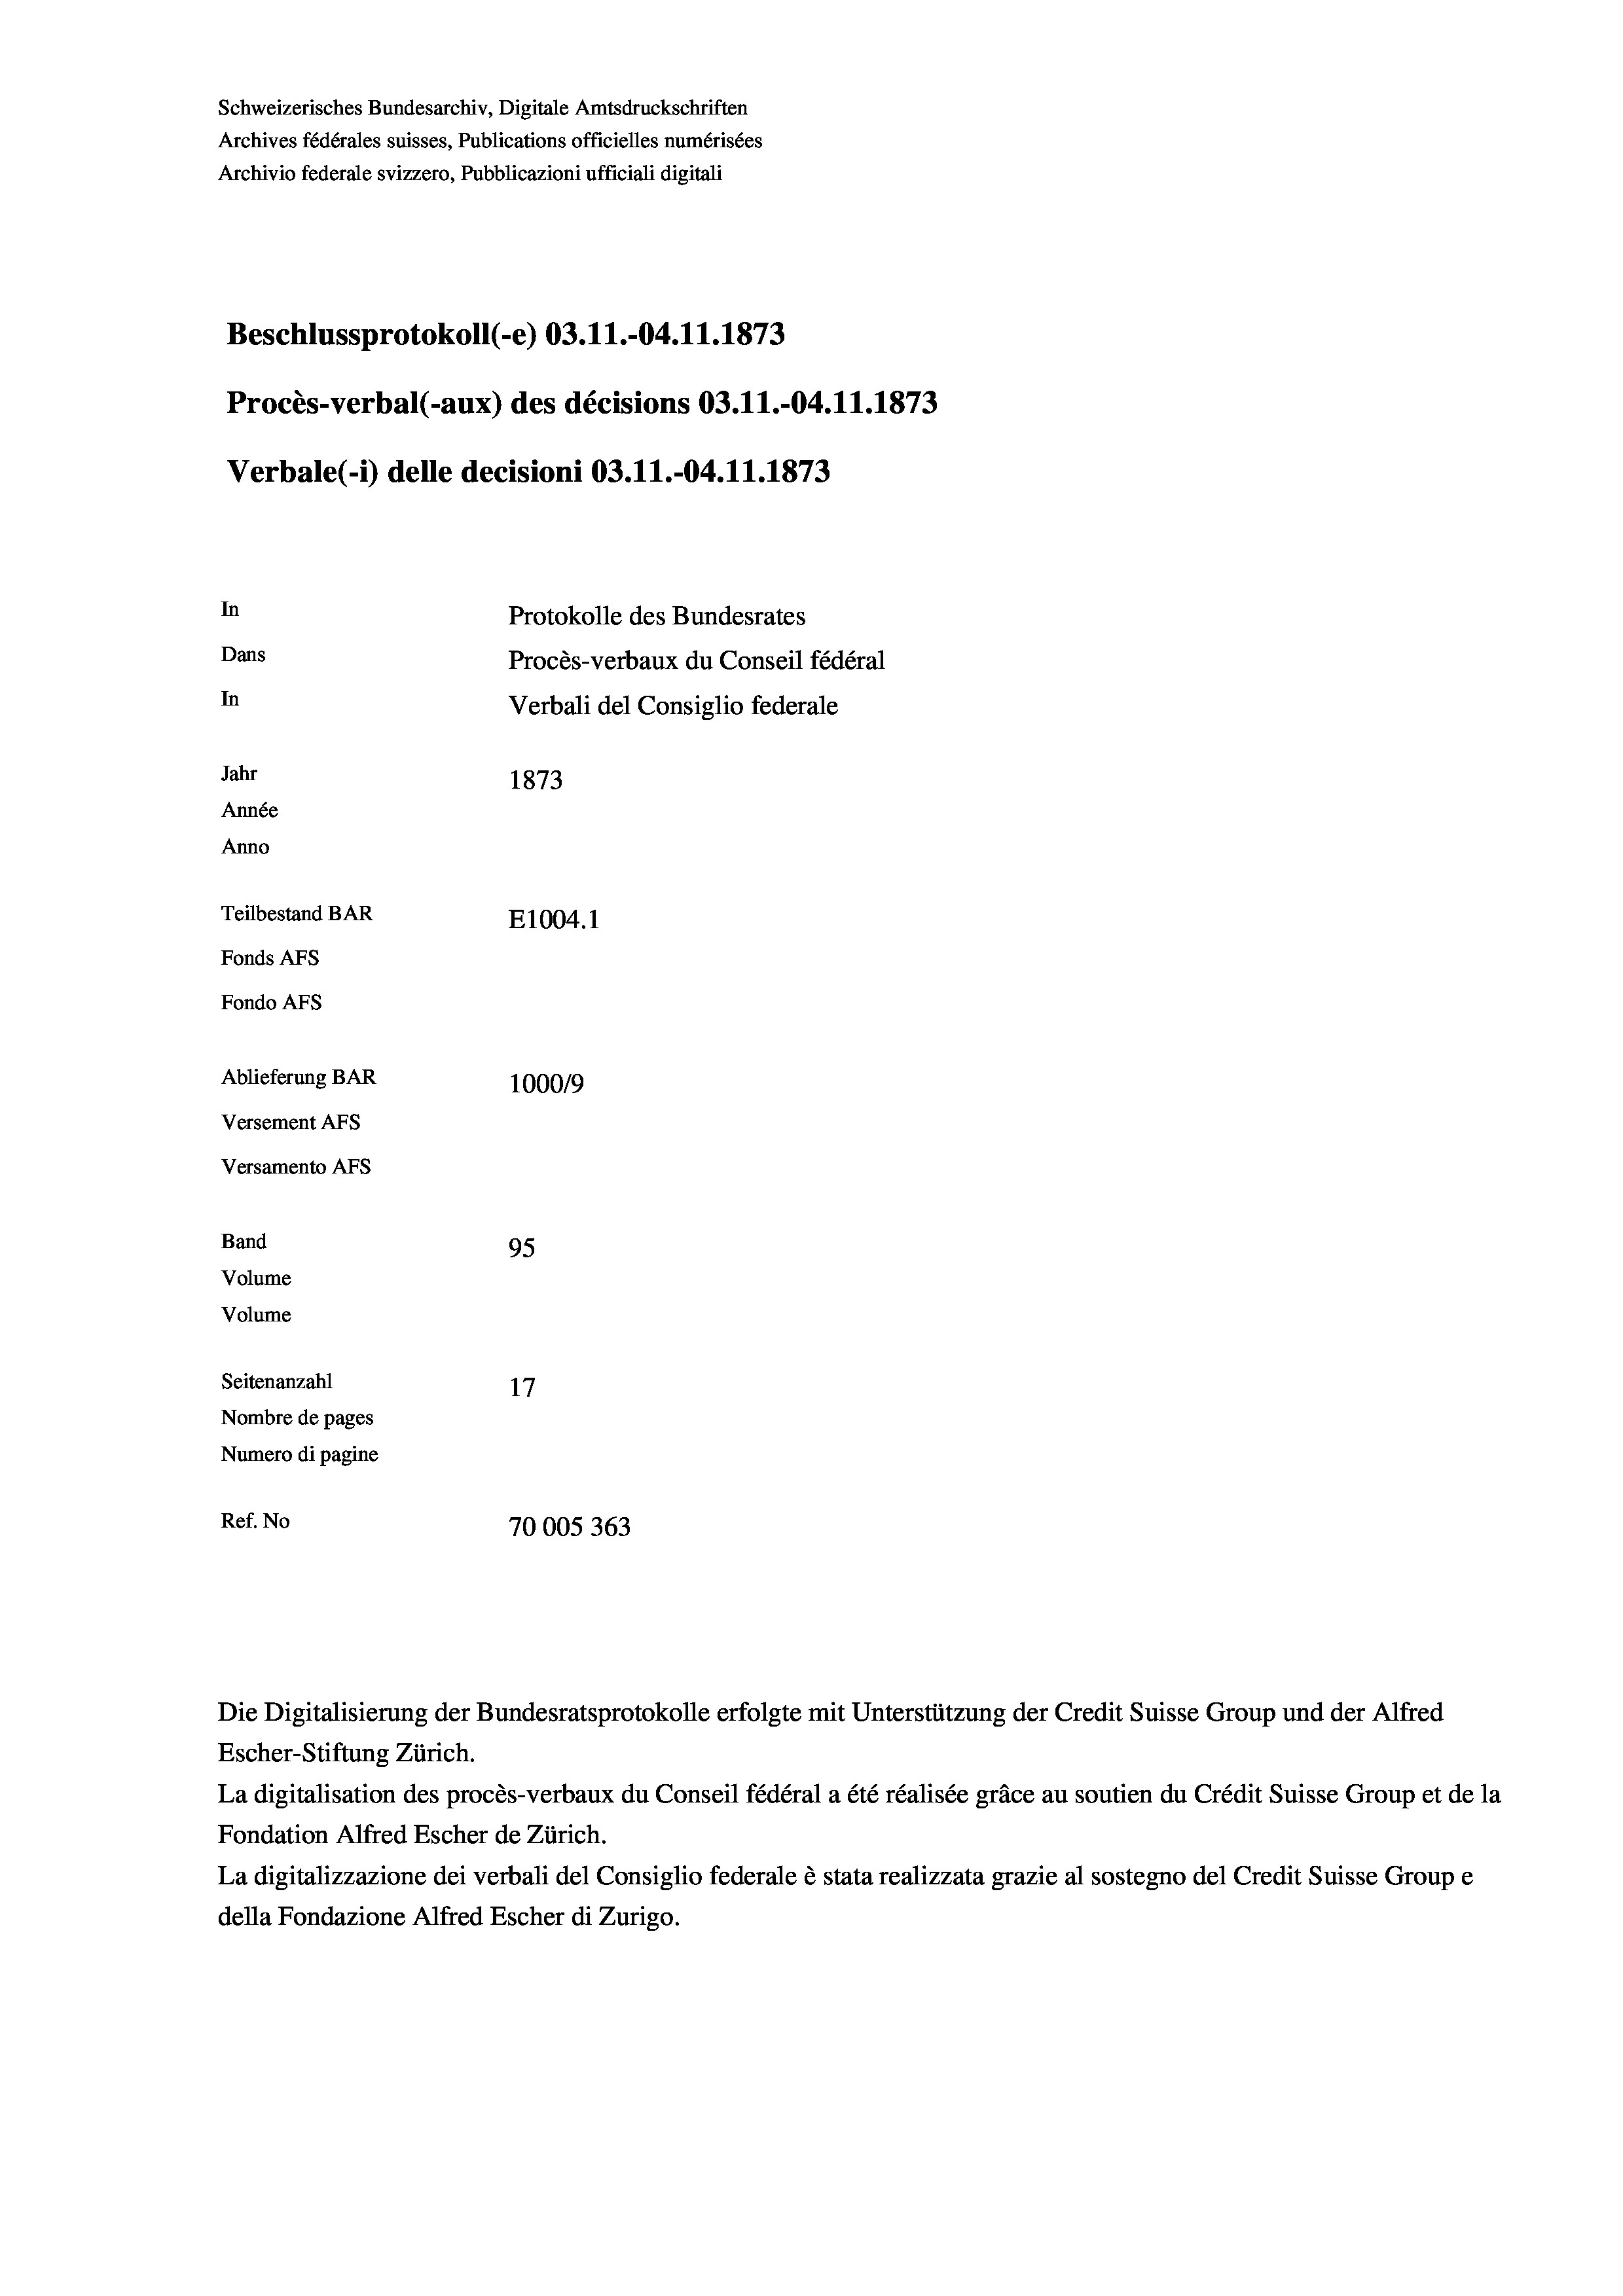
Schweizerisches Bundesarchiv, Digitale Amtsdruckschriften
Archives fédérales suisses, Publications officielles numérisées
Archivio federale svizzero, Pubblicazioni ufficiali digitali
Beschlussprotokoll (-e) 03.11.-04.11.1873
Procès-verbal (-aux) des décisions 03.11.-04.11.1873
Verbale (- 1) delle decisioni 03.11.-04.11.1873
In
Protokolle des Bundesrates
Dans
Procès-verbaux du Conseil fédéral
In
Verbali del Consiglio federale
Jahr
1873
Année
Anno
Teilbestand BAR
E1004.1
Fonds AFs
Fondo AFS
Ablieferung BAR
100019
Versement AFs
Versamento AFs
Band
95
Volume
Volume
Seitenanzahl
17
Nombre de pages
Numero di pagine
Ref. No
70005363

Escher-Stiftung Zürich.
La digitalisation des procès-verbaux du Conseil fédéral a été réalisée gräce au soutien du Crédit Suisse Group et de la
Fondation Alfred Escher de Zürich.
La digitalizzazione dei verbali del Consiglio federale è stata realizzata grazie al sostegno del Credit Suisse Groupe
della Fondazione Alfred Escher di Zurigo.

Die Digitalisierung der Bundesratsprotokolle erfolgte mit Unterstützung der Credit Suisse Group und der Alfred